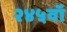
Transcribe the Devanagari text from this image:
२४५वॉ